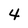
Character: 4